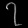
Digit: ၇